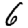
Digit: 6